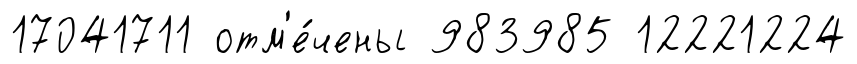
17041711 отм'е́чены 983985 12221224